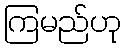
ကြမည်ဟု